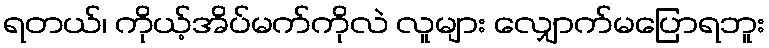
ရတယ်၊ ကိုယ့်အိပ်မက်ကိုလဲ လူများ လျှောက်မပြောရဘူး